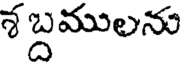
శ బ్దములను